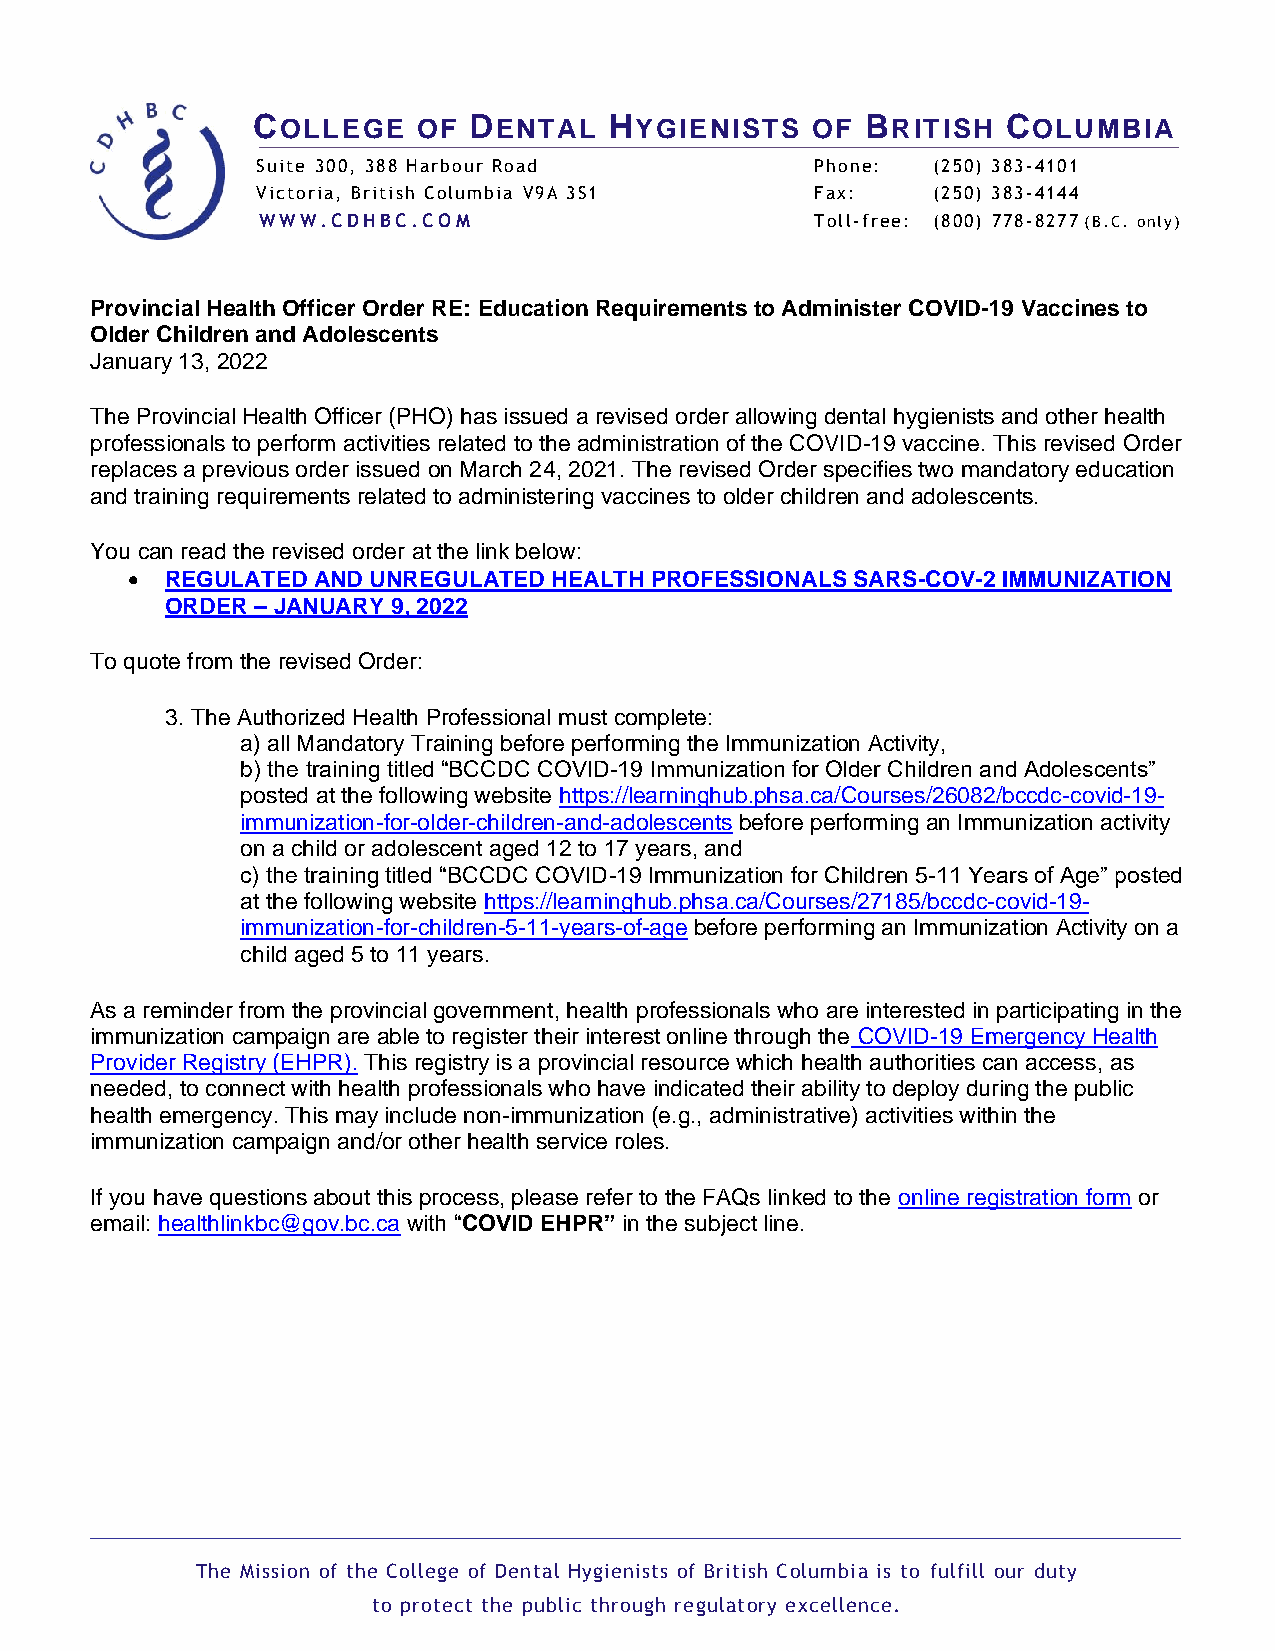
COLLEGE    OF DENTAL   HYGIENISTS    OF BRITISH   COLUMBIA
 Suite 300, 388 Harbour Road          Phone:  (250) 383-4101
 Victoria, British Columbia V9A 3S1   Fax:    (250) 383-4144
 WWW.CDHBC.COM                        Toll-free: (800) 778-8277 (B.C. only)
 Provincial Health Officer Order RE: Education Requirements to Administer COVID-19 Vaccines to
 Older Children and Adolescents
 January 13, 2022
 The Provincial Health Officer (PHO) has issued a revised order allowing dental hygienists and other health
 professionals to perform activities related to the administration of the COVID-19 vaccine. This revised Order
 replaces a previous order issued on March 24, 2021. The revised Order specifies two mandatory education
 and training requirements related to administering vaccines to older children and adolescents.
 You can read the revised order at the link below:
 •  REGULATED AND UNREGULATED HEALTH PROFESSIONALS SARS-COV-2 IMMUNIZATION
 ORDER – JANUARY 9, 2022
 To quote from the revised Order:
 3. The Authorized Health Professional must complete:
 a) all Mandatory Training before performing the Immunization Activity,
 b) the training titled “BCCDC COVID-19 Immunization for Older Children and Adolescents”
 posted at the following website https://learninghub.phsa.ca/Courses/26082/bccdc-covid-19-
 immunization-for-older-children-and-adolescents before performing an Immunization activity
 on a child or adolescent aged 12 to 17 years, and
 c) the training titled “BCCDC COVID-19 Immunization for Children 5-11 Years of Age” posted
 at the following website https://learninghub.phsa.ca/Courses/27185/bccdc-covid-19-
 immunization-for-children-5-11-years-of-age before performing an Immunization Activity on a
 child aged 5 to 11 years.
 As a reminder from the provincial government, health professionals who are interested in participating in the
 immunization campaign are able to register their interest online through the COVID-19 Emergency Health
 Provider Registry (EHPR). This registry is a provincial resource which health authorities can access, as
 needed, to connect with health professionals who have indicated their ability to deploy during the public
 health emergency. This may include non-immunization (e.g., administrative) activities within the
 immunization campaign and/or other health service roles.
 If you have questions about this process, please refer to the FAQs linked to the online registration form or
 email: healthlinkbc@gov.bc.ca with “COVID EHPR” in the subject line.
 The Mission of the College of Dental Hygienists of British Columbia is to fulfill our duty
 to protect the public through regulatory excellence.